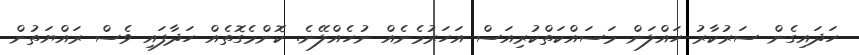
ހަދައިގެން ސަރުކާރު ހައްލަން މަސައްކަތްކުރިއަސް އަހަރުމެނެއް ނުހެއްލޭނެ. ކޮންމެގޮތެއް ހަދާފައި ވެސް ރައްޔަތުން